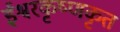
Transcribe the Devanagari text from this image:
ईश्वरकृष्णकृत